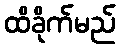
ထိခိုက်မည်